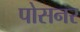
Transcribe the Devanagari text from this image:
पोसनर